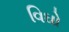
વિઘો